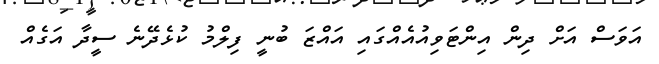
އަވަސް އަށް ދިން އިންޓަވިއުއެއްގައި އައްޒަ ބުނީ ފިލްމު ކުޅެދޭނެ ސީދާ އަގެއް